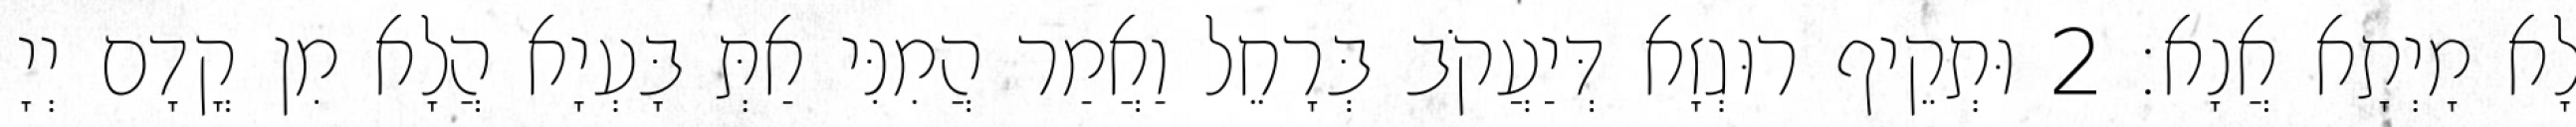
לָא מָיְתָא אֲנָא׃ 2 וּתְקֵיף רוּגְזָא דְּיַעֲקֹב בְּרָחֵל וַאֲמַר הֲמִנִּי אַתְּ בָּעְיָא הֲלָא מִן קֳדָם יְיָ